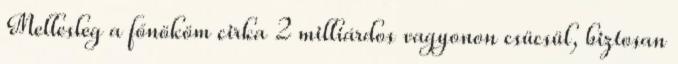
Mellesleg a főnököm cirka 2 milliárdos vagyonon csücsül, biztosan